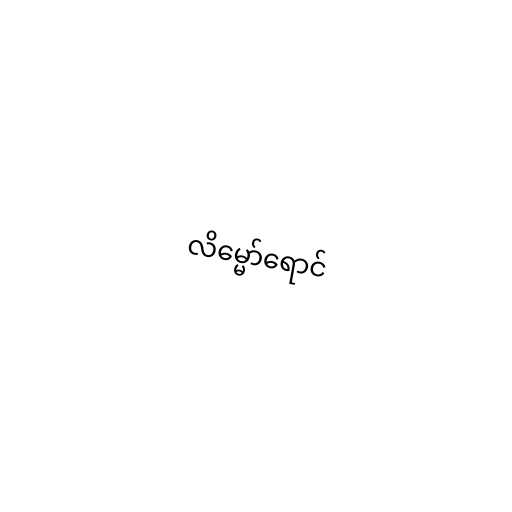
လိမ္မော်ရောင်